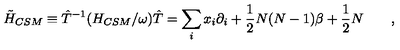
\tilde { H } _ { C S M } \equiv { \hat { T } ^ { - 1 } } ( H _ { C S M } / \omega ) \hat { T } = \sum _ { i } x _ { i } \partial _ { i } + \frac { 1 } { 2 } N ( N - 1 ) \beta + \frac { 1 } { 2 } N \qquad ,